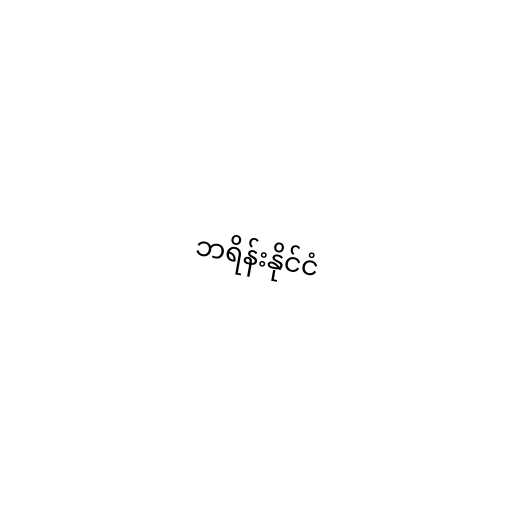
ဘရိန်းနိုင်ငံ